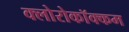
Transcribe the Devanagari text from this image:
क्लोरोकॉक्कम